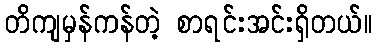
တိကျမှန်ကန်တဲ့ စာရင်းအင်းရှိတယ်။